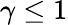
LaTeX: \gamma\le 1